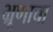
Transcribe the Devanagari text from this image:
भ्रूणाचा